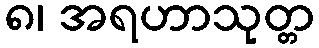
၈၊ အရဟာသုတ္တ